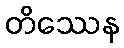
တိဿေန